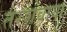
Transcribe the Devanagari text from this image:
तरशवाया